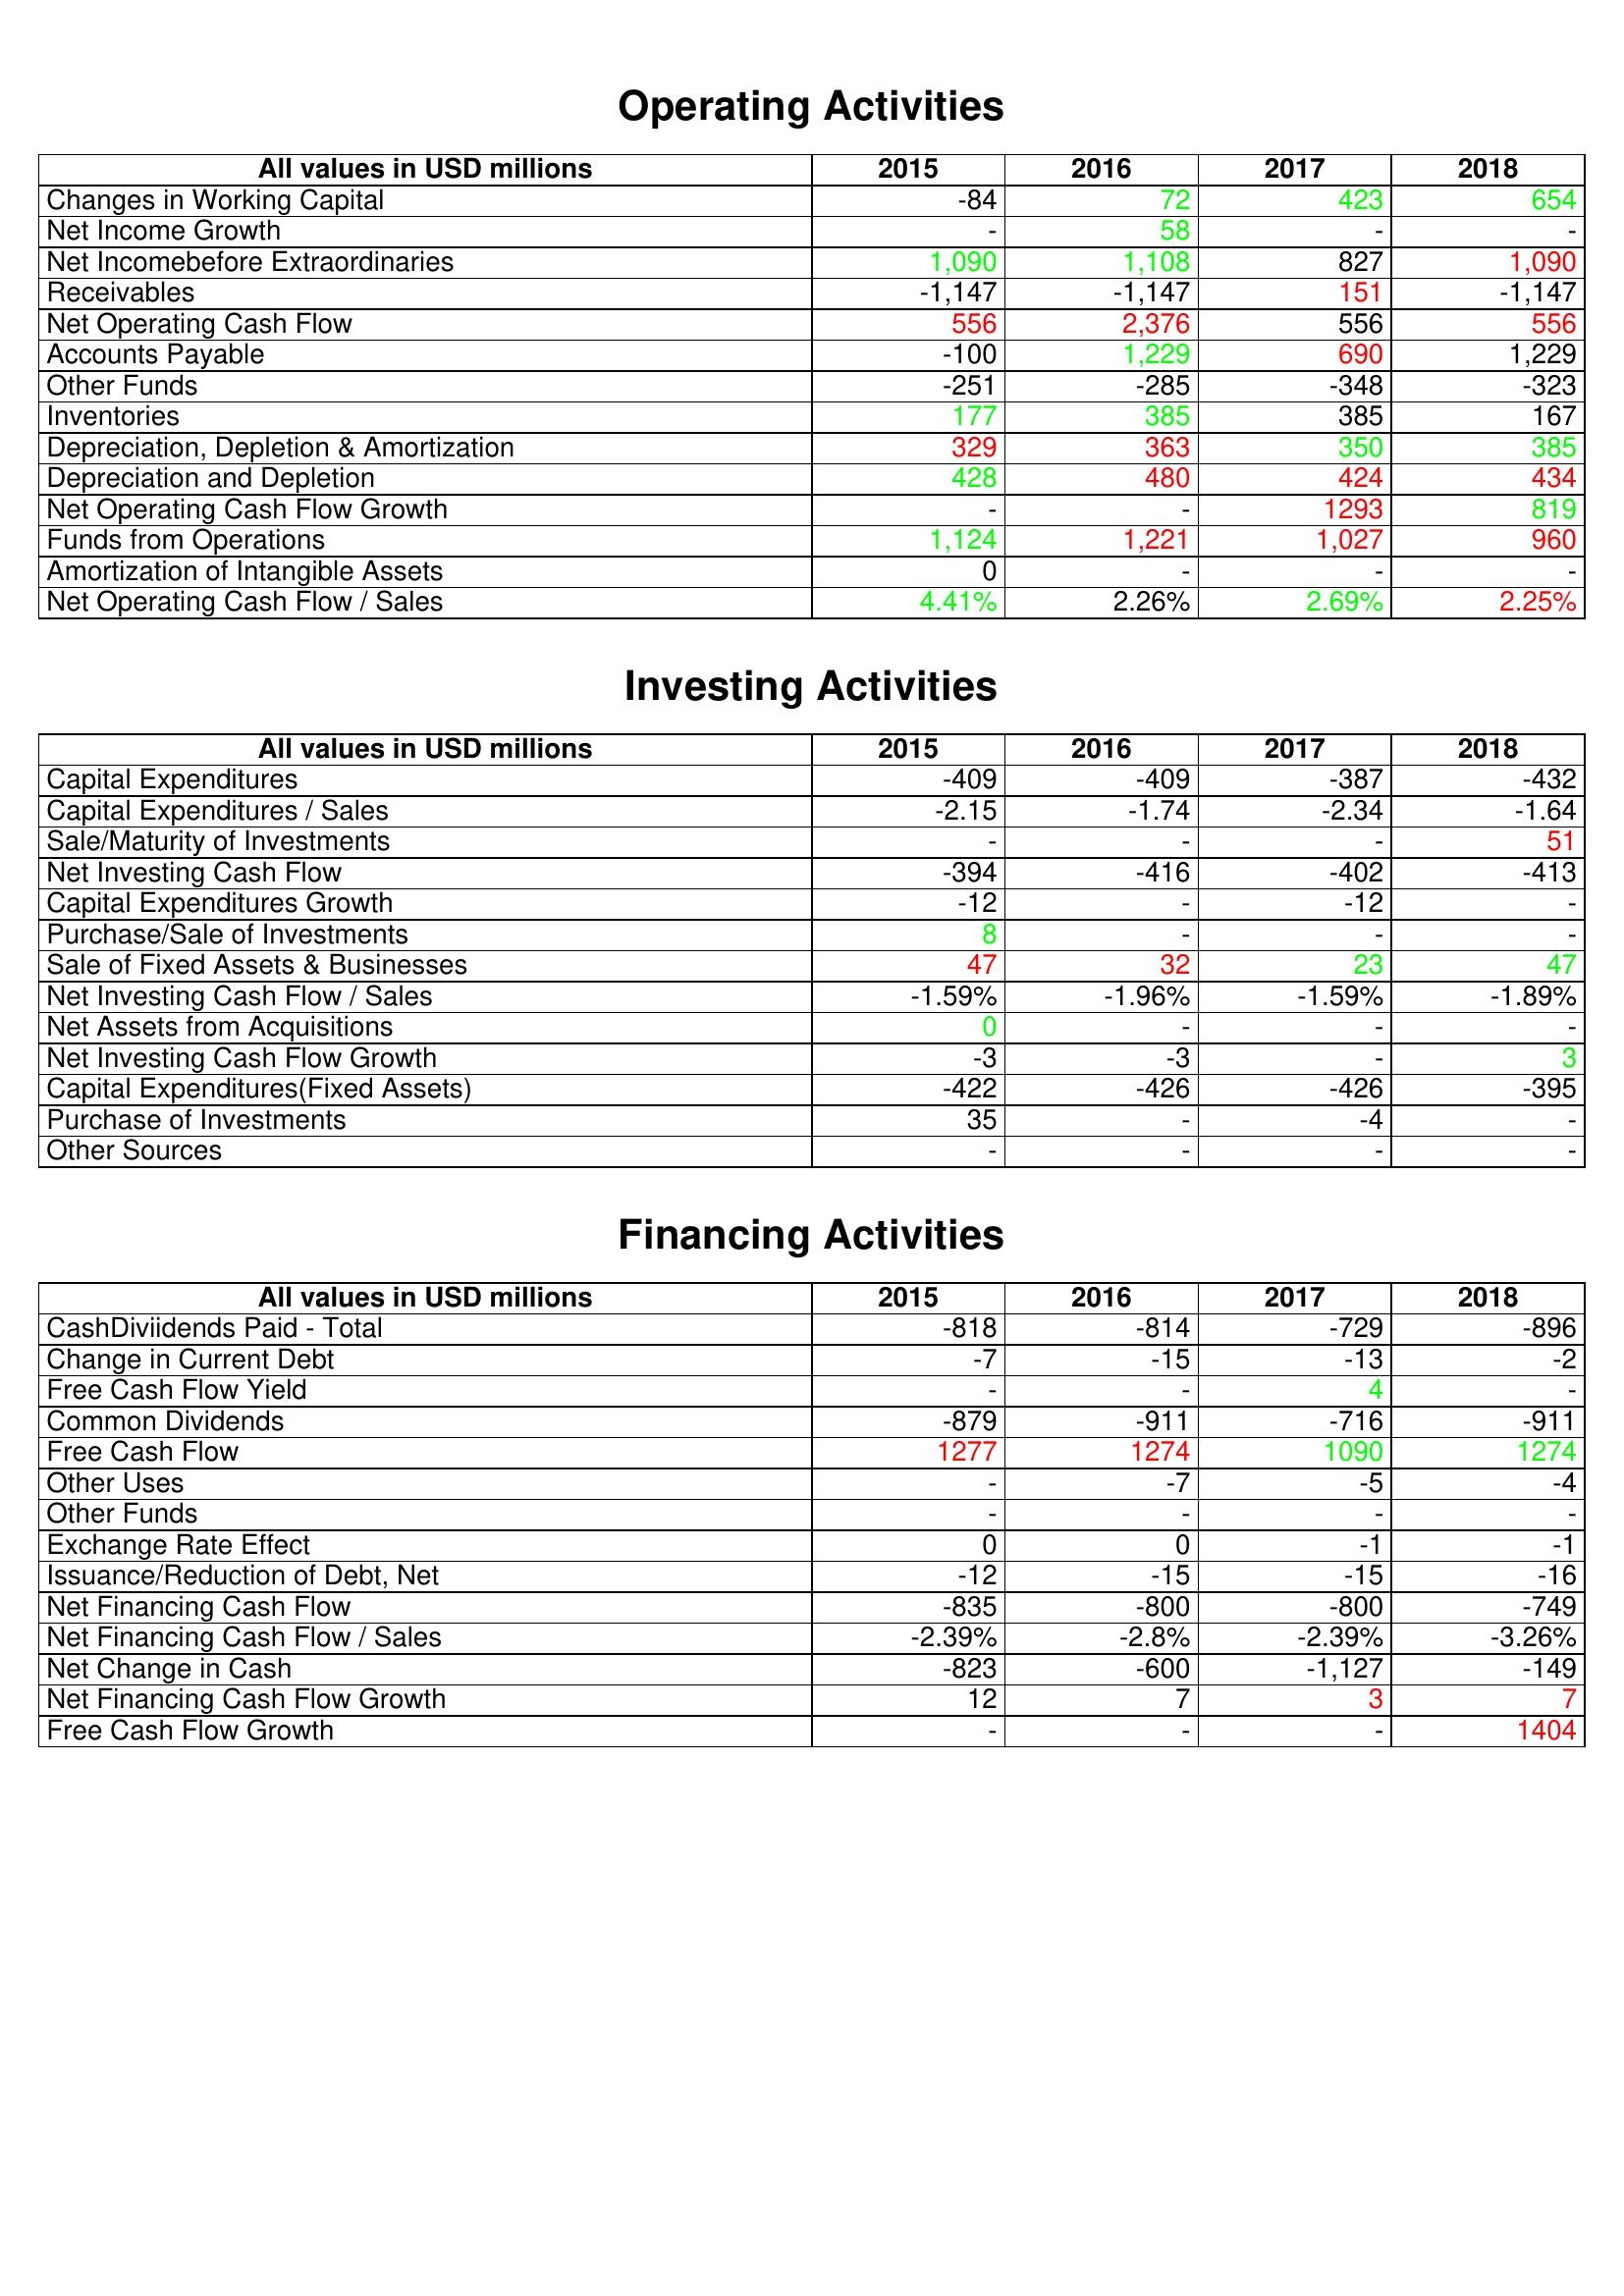
gt_parse: 2015: Operating Activities: Changes in Working Capital: -84
Net Income Growth: -
Net Incomebefore Extraordinaries: 1,090
Receivables: -1,147
Net Operating Cash Flow: 556
Accounts Payable: -100
Other Funds: -251
Inventories: 177
Depreciation, Depletion & Amortization: 329
Depreciation and Depletion: 428
Net Operating Cash Flow Growth: -
Funds from Operations: 1,124
Amortization of Intangible Assets: 0
Net Operating Cash Flow / Sales: 4.41%
Investing Activities: Capital Expenditures: -409
Capital Expenditures / Sales: -2.15
Sale/Maturity of Investments: -
Net Investing Cash Flow: -394
Capital Expenditures Growth: -12
Purchase/Sale of Investments: 8
Sale of Fixed Assets & Businesses: 47
Net Investing Cash Flow / Sales: -1.59%
Net Assets from Acquisitions: 0
Net Investing Cash Flow Growth: -3
Capital Expenditures(Fixed Assets): -422
Purchase of Investments: 35
Other Sources: -
Financing Activities: CashDiviidends Paid - Total: -818
Change in Current Debt: -7
Free Cash Flow Yield: -
Common Dividends: -879
Free Cash Flow: 1277
Other Uses: -
Other Funds: -
Exchange Rate Effect: 0
Issuance/Reduction of Debt, Net: -12
Net Financing Cash Flow: -835
Net Financing Cash Flow / Sales: -2.39%
Net Change in Cash: -823
Net Financing Cash Flow Growth: 12
Free Cash Flow Growth: -
2016: Operating Activities: Changes in Working Capital: 72
Net Income Growth: 58
Net Incomebefore Extraordinaries: 1,108
Receivables: -1,147
Net Operating Cash Flow: 2,376
Accounts Payable: 1,229
Other Funds: -285
Inventories: 385
Depreciation, Depletion & Amortization: 363
Depreciation and Depletion: 480
Net Operating Cash Flow Growth: -
Funds from Operations: 1,221
Amortization of Intangible Assets: -
Net Operating Cash Flow / Sales: 2.26%
Investing Activities: Capital Expenditures: -409
Capital Expenditures / Sales: -1.74
Sale/Maturity of Investments: -
Net Investing Cash Flow: -416
Capital Expenditures Growth: -
Purchase/Sale of Investments: -
Sale of Fixed Assets & Businesses: 32
Net Investing Cash Flow / Sales: -1.96%
Net Assets from Acquisitions: -
Net Investing Cash Flow Growth: -3
Capital Expenditures(Fixed Assets): -426
Purchase of Investments: -
Other Sources: -
Financing Activities: CashDiviidends Paid - Total: -814
Change in Current Debt: -15
Free Cash Flow Yield: -
Common Dividends: -911
Free Cash Flow: 1274
Other Uses: -7
Other Funds: -
Exchange Rate Effect: 0
Issuance/Reduction of Debt, Net: -15
Net Financing Cash Flow: -800
Net Financing Cash Flow / Sales: -2.8%
Net Change in Cash: -600
Net Financing Cash Flow Growth: 7
Free Cash Flow Growth: -
2017: Operating Activities: Changes in Working Capital: 423
Net Income Growth: -
Net Incomebefore Extraordinaries: 827
Receivables: 151
Net Operating Cash Flow: 556
Accounts Payable: 690
Other Funds: -348
Inventories: 385
Depreciation, Depletion & Amortization: 350
Depreciation and Depletion: 424
Net Operating Cash Flow Growth: 1293
Funds from Operations: 1,027
Amortization of Intangible Assets: -
Net Operating Cash Flow / Sales: 2.69%
Investing Activities: Capital Expenditures: -387
Capital Expenditures / Sales: -2.34
Sale/Maturity of Investments: -
Net Investing Cash Flow: -402
Capital Expenditures Growth: -12
Purchase/Sale of Investments: -
Sale of Fixed Assets & Businesses: 23
Net Investing Cash Flow / Sales: -1.59%
Net Assets from Acquisitions: -
Net Investing Cash Flow Growth: -
Capital Expenditures(Fixed Assets): -426
Purchase of Investments: -4
Other Sources: -
Financing Activities: CashDiviidends Paid - Total: -729
Change in Current Debt: -13
Free Cash Flow Yield: 4
Common Dividends: -716
Free Cash Flow: 1090
Other Uses: -5
Other Funds: -
Exchange Rate Effect: -1
Issuance/Reduction of Debt, Net: -15
Net Financing Cash Flow: -800
Net Financing Cash Flow / Sales: -2.39%
Net Change in Cash: -1,127
Net Financing Cash Flow Growth: 3
Free Cash Flow Growth: -
2018: Operating Activities: Changes in Working Capital: 654
Net Income Growth: -
Net Incomebefore Extraordinaries: 1,090
Receivables: -1,147
Net Operating Cash Flow: 556
Accounts Payable: 1,229
Other Funds: -323
Inventories: 167
Depreciation, Depletion & Amortization: 385
Depreciation and Depletion: 434
Net Operating Cash Flow Growth: 819
Funds from Operations: 960
Amortization of Intangible Assets: -
Net Operating Cash Flow / Sales: 2.25%
Investing Activities: Capital Expenditures: -432
Capital Expenditures / Sales: -1.64
Sale/Maturity of Investments: 51
Net Investing Cash Flow: -413
Capital Expenditures Growth: -
Purchase/Sale of Investments: -
Sale of Fixed Assets & Businesses: 47
Net Investing Cash Flow / Sales: -1.89%
Net Assets from Acquisitions: -
Net Investing Cash Flow Growth: 3
Capital Expenditures(Fixed Assets): -395
Purchase of Investments: -
Other Sources: -
Financing Activities: CashDiviidends Paid - Total: -896
Change in Current Debt: -2
Free Cash Flow Yield: -
Common Dividends: -911
Free Cash Flow: 1274
Other Uses: -4
Other Funds: -
Exchange Rate Effect: -1
Issuance/Reduction of Debt, Net: -16
Net Financing Cash Flow: -749
Net Financing Cash Flow / Sales: -3.26%
Net Change in Cash: -149
Net Financing Cash Flow Growth: 7
Free Cash Flow Growth: 1404